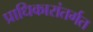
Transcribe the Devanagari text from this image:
प्राधिकारांतर्गत